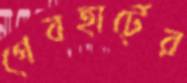
গেবহার্টের